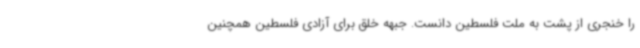
را خنجری از پشت به ملت فلسطین دانست. جبهه خلق برای آزادی فلسطین همچنین